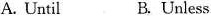
A.Until B.Unless